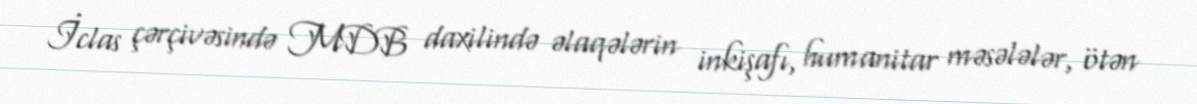
İclas çərçivəsində MDB daxilində əlaqələrin inkişafı, humanitar məsələlər, ötən